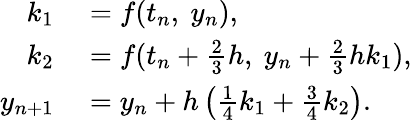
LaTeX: \begin{array}{rl}{k_{1}}&{{}=f(t_{n},\ y_{n}),}\\ {k_{2}}&{{}=f(t_{n}+{\frac{2}{3}}h,\ y_{n}+{\frac{2}{3}}hk_{1}),}\\ {y_{n+1}}&{{}=y_{n}+h\left({\frac{1}{4}}k_{1}+{\frac{3}{4}}k_{2}\right).}\end{array}